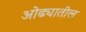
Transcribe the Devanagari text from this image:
ओढ्यातील